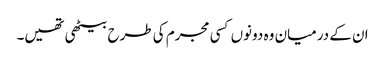
ان کے درمیان وہ دونوں کسی مجرم کی طرح بیٹھی تھیں۔